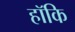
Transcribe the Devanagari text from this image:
हॉकि